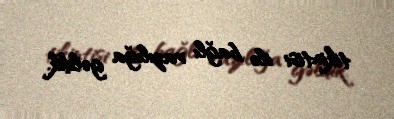
tikintisi ilə bağlı razılığa gəldik.